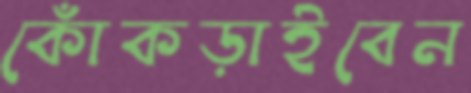
কোঁকড়াইবেন